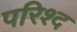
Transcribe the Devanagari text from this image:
परिश्द